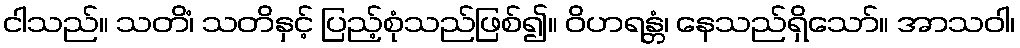
ငါသည်။ သတိံ၊ သတိနှင့် ပြည့်စုံသည်ဖြစ်၍။ ဝိဟရန္တံ၊ နေသည်ရှိသော်။ အာသဝါ၊